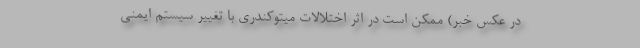
در عکس خبر) ممکن است در اثر اختلالات میتوکندری با تغییر سیستم ایمنی